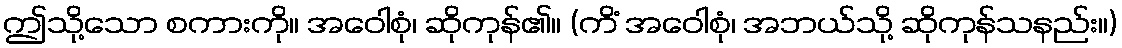
ဤသို့သော စကားကို။ အဝေါစုံ၊ ဆိုကုန်၏။ (ကိံ အဝေါစုံ၊ အဘယ်သို့ ဆိုကုန်သနည်း။)